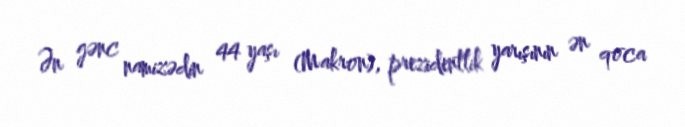
Ən gənc namizədin 44 yaşı (Makron), prezidentlik yarışının ən qoca